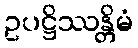
ဥပဋ္ဌိဿန္တိမံ